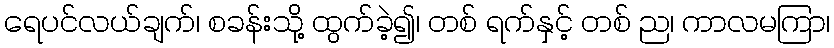
ရေပင်လယ်ချက်၊ စခန်းသို့ ထွက်ခဲ့၍၊ တစ် ရက်နှင့် တစ် ည၊ ကာလမကြာ၊